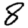
Digit: 8